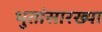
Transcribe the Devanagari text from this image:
भुतांसारख्या